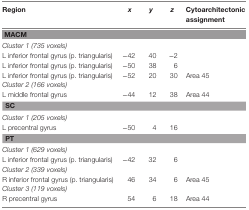
<table><thead><tr><td><b>Region</b></td><td><b><i>x</i></b></td><td><b><i>y</i></b></td><td><b><i>z</i></b></td><td><b>Cytoarchitectonic assignment</b></td></tr></thead><tbody><tr><td colspan="5"><b>MACM</b></td></tr><tr><td><i>Cluster 1 (735 voxels)</i></td><td></td><td></td><td></td><td></td></tr><tr><td>L inferior frontal gyrus (p. triangularis)</td><td>−42</td><td>40</td><td>−2</td><td></td></tr><tr><td>L inferior frontal gyrus (p. triangularis)</td><td>−50</td><td>38</td><td>6</td><td></td></tr><tr><td>L inferior frontal gyrus (p. triangularis)</td><td>−52</td><td>20</td><td>30</td><td>Area 45</td></tr><tr><td><i>Cluster 2 (166 voxels)</i></td><td></td><td></td><td></td><td></td></tr><tr><td>L middle frontal gyrus</td><td>−44</td><td>12</td><td>38</td><td>Area 44</td></tr><tr><td colspan="5"><b>SC</b></td></tr><tr><td><i>Cluster 1 (205 voxels)</i></td><td></td><td></td><td></td><td></td></tr><tr><td>L precentral gyrus</td><td>−50</td><td>4</td><td>16</td><td></td></tr><tr><td colspan="5"><b>PT</b></td></tr><tr><td><i>Cluster 1 (629 voxels)</i></td><td></td><td></td><td></td><td></td></tr><tr><td>L inferior frontal gyrus (p. triangularis)</td><td>−42</td><td>32</td><td>6</td><td></td></tr><tr><td><i>Cluster 2 (339 voxels)</i></td><td></td><td></td><td></td><td></td></tr><tr><td>R inferior frontal gyrus (p. triangularis)</td><td>46</td><td>34</td><td>6</td><td>Area 45</td></tr><tr><td><i>Cluster 3 (119 voxels)</i></td><td></td><td></td><td></td><td></td></tr><tr><td>R precentral gyrus</td><td>54</td><td>6</td><td>18</td><td>Area 44</td></tr></tbody></table>